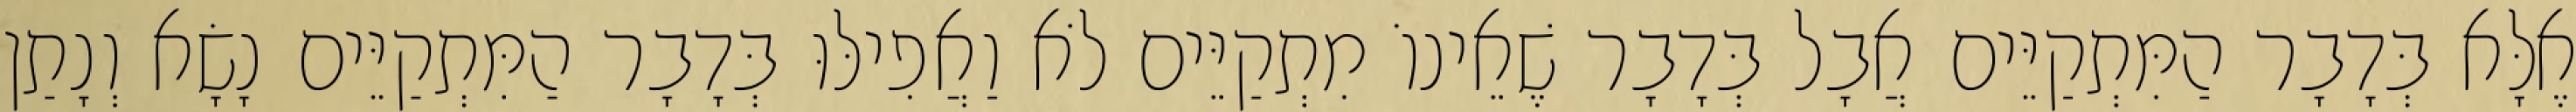
אֶלָּא בְּדָבָר הַמִּתְקַיֵּים אֲבָל בְּדָבָר שֶׁאֵינוֹ מִתְקַיֵּים לֹא וַאֲפִילּוּ בְּדָבָר הַמִּתְקַיֵּים נָשָׂא וְנָתַן